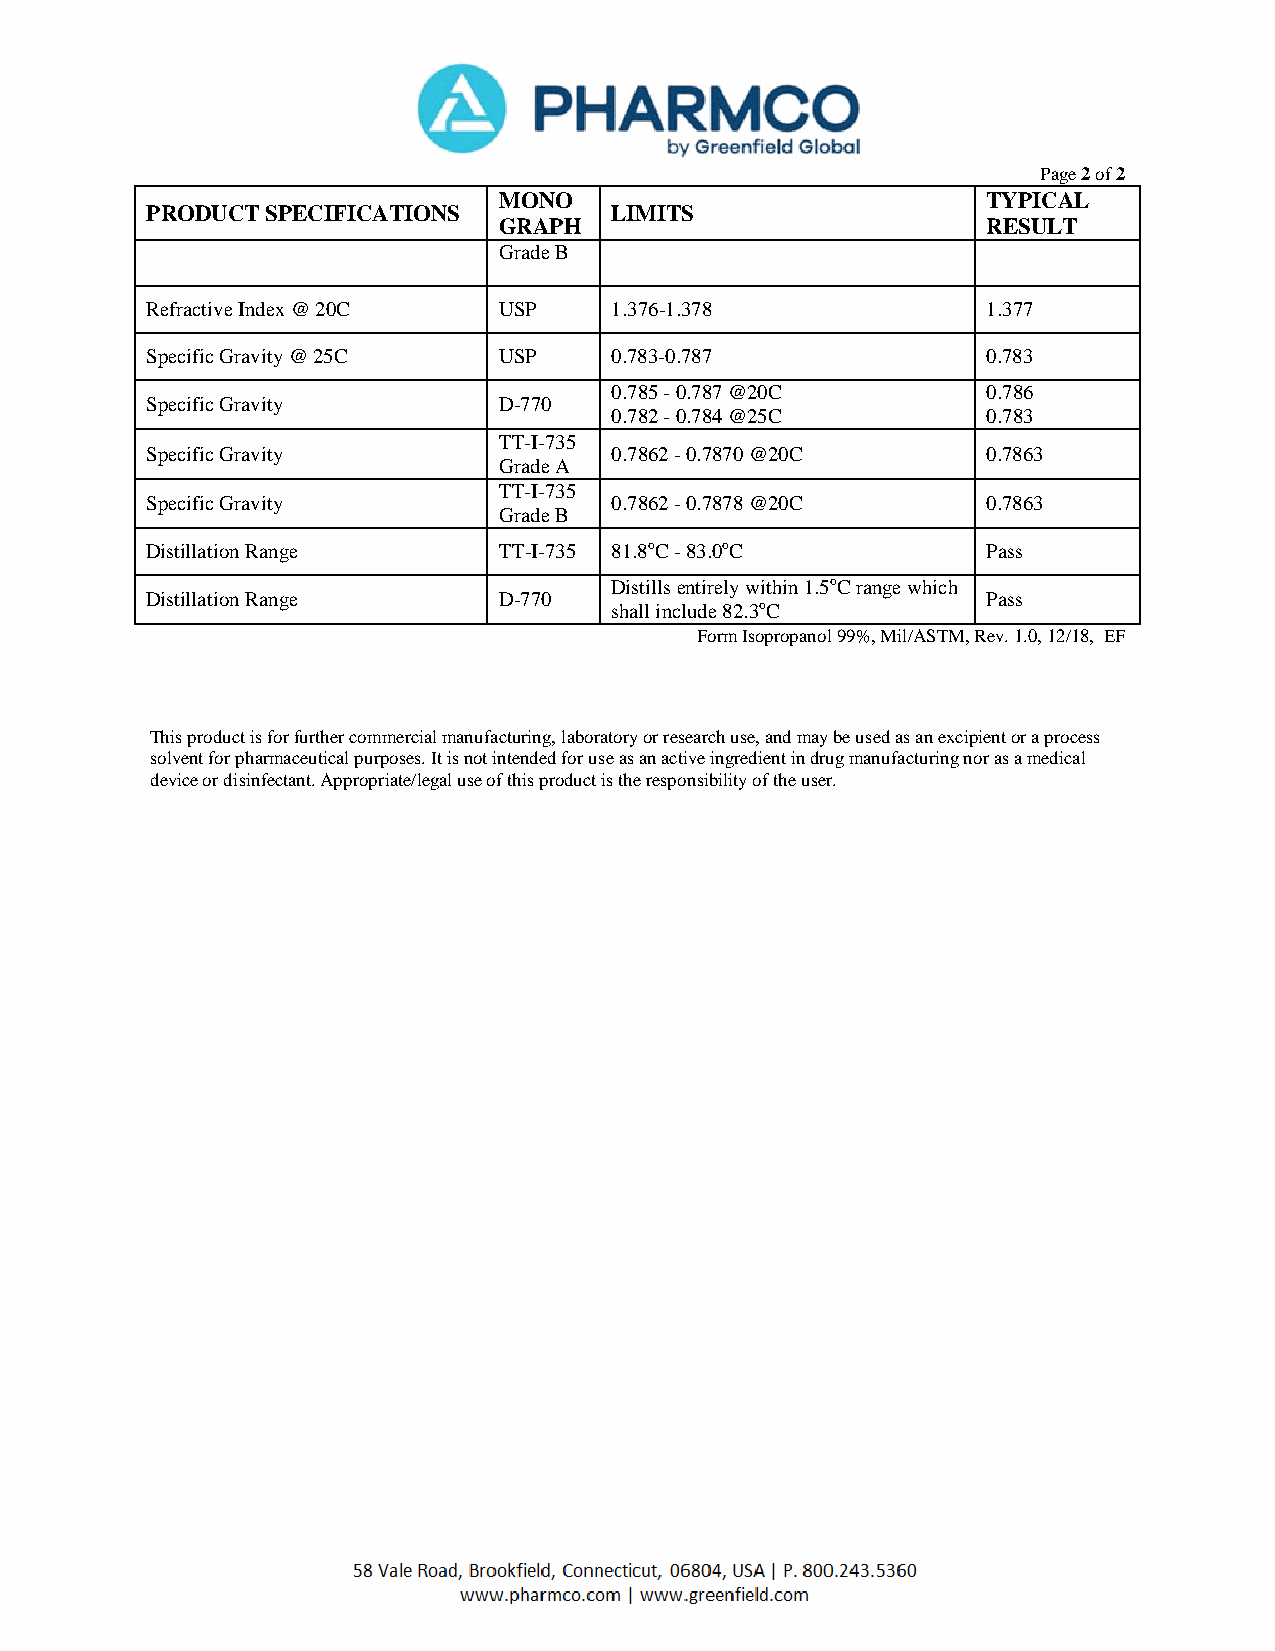
Page 2 of 2
 MONO                            TYPICAL
 PRODUCT SPECIFICATIONS        LIMITS
 GRAPH                           RESULT
 Grade B
 Refractive Index @ 20C USP    1.376-1.378              1.377
 Specific Gravity @ 25C USP    0.783-0.787              0.783
 0.785 - 0.787 @20C       0.786
 Specific Gravity       D-770
 0.782 - 0.784 @25C       0.783
 TT-I-735
 Specific Gravity              0.7862 - 0.7870 @20C     0.7863
 Grade A
 TT-I-735
 Specific Gravity              0.7862 - 0.7878 @20C     0.7863
 Grade B
 Distillation Range     TT-I-735 81.8oC - 83.0oC        Pass
 Distills entirely within 1.5oC range which
 Distillation Range     D-770                           Pass
 shall include 82.3oC
 Form Isopropanol 99%, Mil/ASTM, Rev. 1.0, 12/18, EF
 This product is for further commercial manufacturing, laboratory or research use, and may be used as an excipient or a process
 solvent for pharmaceutical purposes. It is not intended for use as an active ingredient in drug manufacturing nor as a medical
 device or disinfectant. Appropriate/legal use of this product is the responsibility of the user.